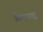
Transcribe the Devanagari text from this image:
विष्ट्भाद्र